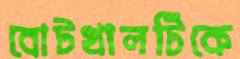
বোটখালটিকে